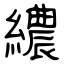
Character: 繷